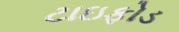
ટાઇફોડ